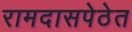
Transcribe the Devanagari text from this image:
रामदासपेठेत